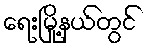
ရေးမြို့နယ်တွင်